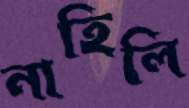
নাহিলি